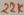
Text: 22K